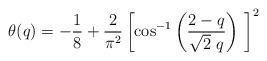
LaTeX: \begin{align*}\theta(q)= -\frac{1}{8} +\frac{2}{\pi^2} \left[\cos^{-1} \left(\frac{2-q}{\sqrt{2}\ q}\right) \ \right]^2\end{align*}